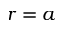
r = a